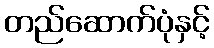
တည်ဆောက်ပုံနှင့်